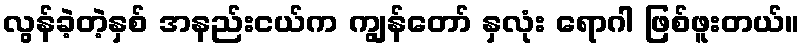
လွန်ခဲ့တဲ့နှစ် အနည်းငယ်က ကျွန်တော် နှလုံး ရောဂါ ဖြစ်ဖူးတယ်။